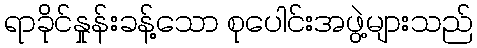
ရာခိုင်နှုန်းခန့်သော စုပေါင်းအဖွဲ့များသည်